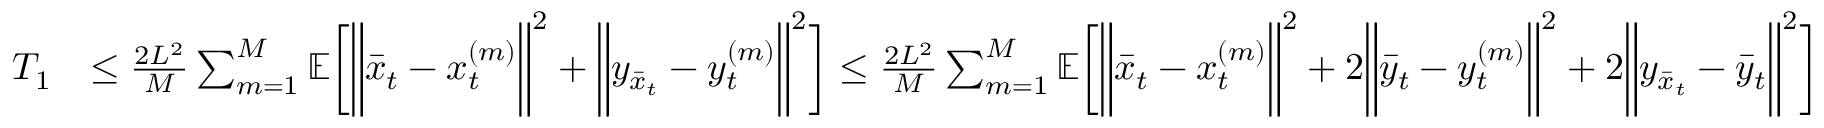
\begin{array} { r l } { T _ { 1 } } & { \leq \frac { 2 L ^ { 2 } } { M } \sum _ { m = 1 } ^ { M } \mathbb { E } \bigg [ \bigg \| \bar { x } _ { t } - x _ { t } ^ { ( m ) } \bigg \| ^ { 2 } + \bigg \| y _ { \bar { x } _ { t } } - y _ { t } ^ { ( m ) } \bigg \| ^ { 2 } \bigg ] \leq \frac { 2 L ^ { 2 } } { M } \sum _ { m = 1 } ^ { M } \mathbb { E } \bigg [ \bigg \| \bar { x } _ { t } - x _ { t } ^ { ( m ) } \bigg \| ^ { 2 } + 2 \bigg \| \bar { y } _ { t } - y _ { t } ^ { ( m ) } \bigg \| ^ { 2 } + 2 \bigg \| y _ { \bar { x } _ { t } } - \bar { y } _ { t } \bigg \| ^ { 2 } \bigg ] } \end{array}